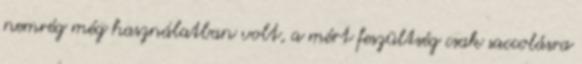
nemrég még használatban volt, a mért feszültség csak saccolásra